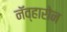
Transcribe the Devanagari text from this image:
नॅव्हारोन